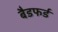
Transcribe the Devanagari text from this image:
बैडफर्ड